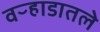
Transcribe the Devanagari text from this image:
वऱ्हाडातले